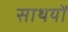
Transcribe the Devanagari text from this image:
साथयों